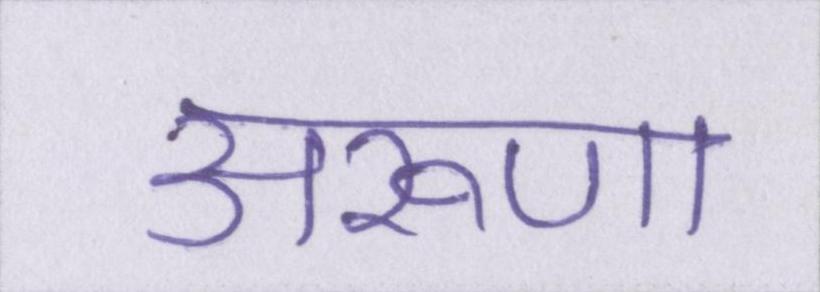
अरूणा